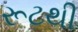
રૂટથી